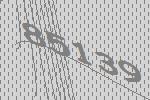
85139